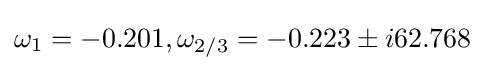
\omega _{1}=-0.201,\omega _{2/3}=-0.223\pm i62.768